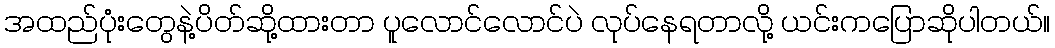
အထည်ပုံးတွေနဲ့ပိတ်ဆို့ထားတာ ပူလောင်လောင်ပဲ လုပ်နေရတာလို့ ယင်းကပြောဆိုပါတယ်။